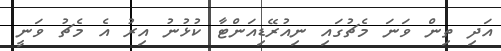
އަދި ތިން ވަނަ މެޗުގައި ނިއުރޭޑިއަންޓާ ކުޅުނު އިރު އެ މެޗު ވަނީ